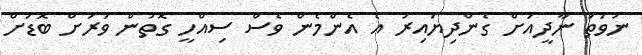
ނުވަތަ ނާދީއަށް ގެންދިޔައިރު އެ އެންމެން ވެސް ސިއްހީ ގޮތުން ވަރަށް ބޮޑަށް